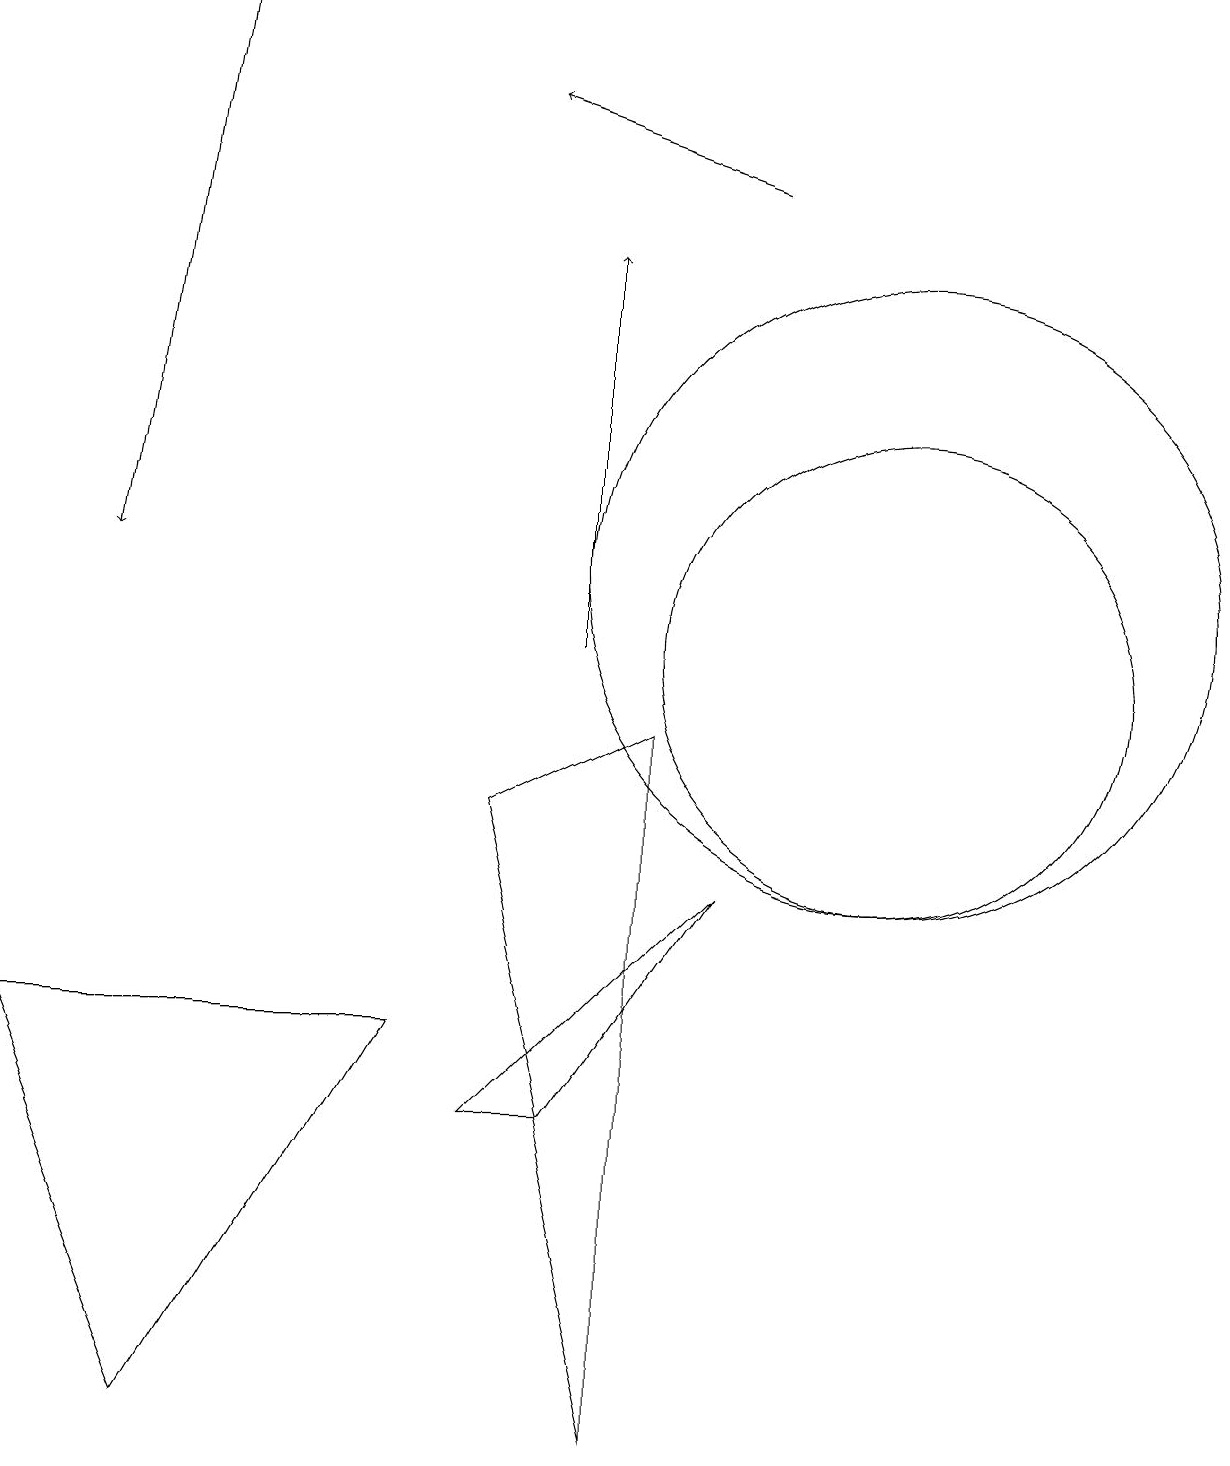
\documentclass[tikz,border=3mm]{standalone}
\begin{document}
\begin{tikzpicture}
\draw[->] (2,18) -- (1,11);
\draw (9,7) -- (6,4) -- (7,4) -- cycle;
\draw (11,10) circle (3);
\draw (11,11) circle (4);
\draw (8,9) -- (8,0) -- (6,8) -- cycle;
\draw (2,0) -- (5,5) -- (0,5) -- cycle;
\draw[->] (7,10) -- (7,15);
\draw[->] (9,16) -- (6,17);
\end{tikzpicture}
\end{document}